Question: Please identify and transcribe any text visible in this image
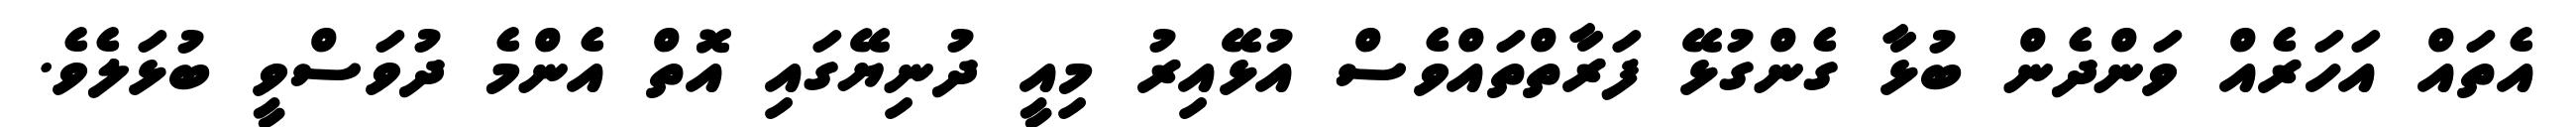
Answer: އެތައް އަހަރެއް ވަންދެން ބުޅާ ގެންގުޅޭ ފަރާތްތައްވެސް އުޅޭއިރު މިއީ ދުނިޔޭގައި އޮތް އެންމެ ދުވަސްވީ ބުޅަލެވެ.